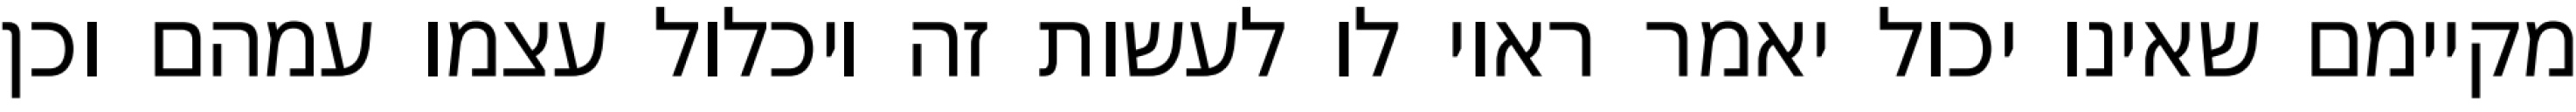
מקיימם שאינו יכול יאמר ראוי לו לעשות זה ויכלול עצמו עמהם וכן